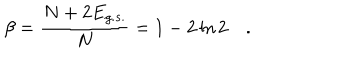
\beta = \frac { N + 2 E _ { g . s . } } { N } = 1 - 2 \ln 2 \quad .